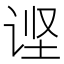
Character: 𲂌